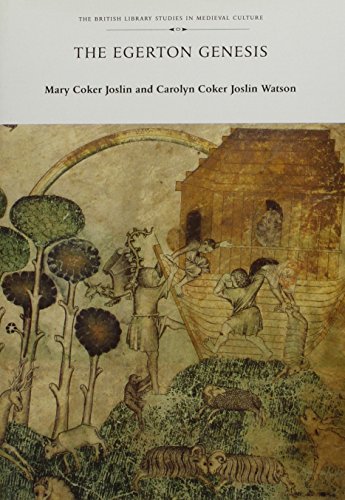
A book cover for The Egerton Genesis (The British Library Studies in Medieval Culture); Mary Coker Joslin; Arts & Photography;